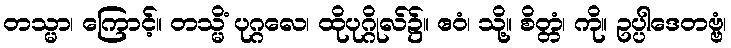
တသ္မာ၊ ကြောင့်။ တသ္မိံ ပုဂ္ဂလေ၊ ထိုပုဂ္ဂိုလ်၌။ ဧဝံ၊ သို့။ စိတ္တံ၊ ကို။ ဥပ္ပါဒေတဗ္ဗံ၊